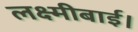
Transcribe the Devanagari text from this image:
लक्ष्मीबाई।